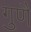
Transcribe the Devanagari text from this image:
गुणै